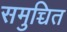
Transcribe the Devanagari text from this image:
समुच्चित